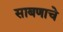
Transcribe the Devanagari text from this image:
साबणाचे